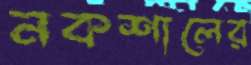
নকশালের